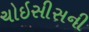
ચોઇસીસની